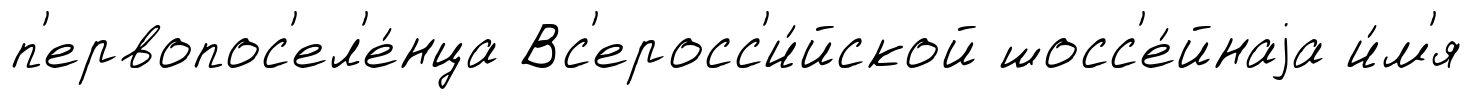
п'ервопос'ел'е́нца Вс'еросс'и́йской шосс'е́йнаjа и́м'я